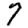
Digit: 7